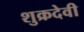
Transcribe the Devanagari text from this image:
शुक्रदेवी